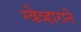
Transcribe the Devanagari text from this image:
ग्वेव्हाराने